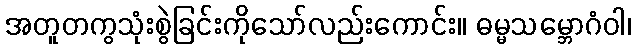
အတူတကွသုံးစွဲခြင်းကိုသော်လည်းကောင်း။ ဓမ္မသမ္ဘောဂံဝါ၊